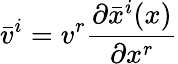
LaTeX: {\bar{v}}^{i}=v^{r}{\frac{\partial{\bar{x}}^{i}(x)}{\partial x^{r}}}